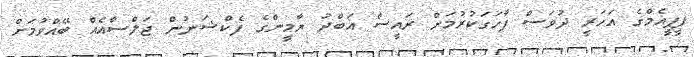
ޕީޕީއެމްގެ އަހަރީ ދުވަސް ފާހަގަކުރުމަށް ރައީސް އަބްދު ޔާމީންގެ ފެކްޝަނުން ޖަލްސާއެއް ބޭއްވުމަށް